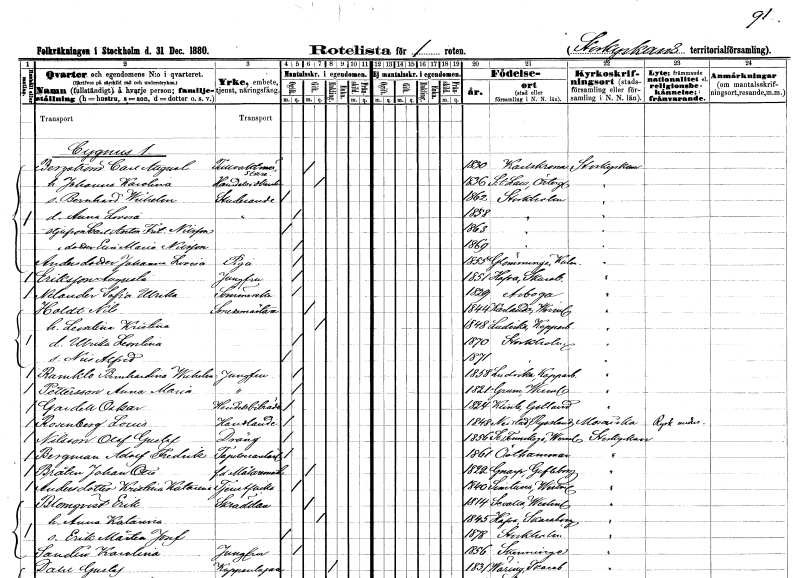
gt_parse: households: individuals: FN: Carl August
EN: Bergström
YRKE: Tullvaktmästare
KON: M
CIV: G
FODAR: 1830
FODFORS: Karlskrona Blekinge län
FN: Johanna Karolina
KON: K
CIV: G
FODAR: 1836
FODFORS: Sankt Lars Linköping Östergötlands län
FN: Bernhard Wilhelm
YRKE: Studerande
KON: M
CIV: O
FODAR: 1862
FODFORS: Stockholm
FN: Anna Lovisa
YRKE: Studerande
KON: K
CIV: O
FODAR: 1858
FODFORS: Stockholm
FN: Carl Anton Fritiof
EN: Nilsson
KON: M
CIV: O
FODAR: 1863
FODFORS: Stockholm
FN: Elin Maria
EN: Nilsson
KON: K
CIV: O
FODAR: 1869
FODFORS: Stockholm
FN: Johanna Lovisa
EN: Andersdotter
YRKE: Piga
KON: K
CIV: O
FODAR: 1855
FODFORS: Glömminge Kalmar län
FN: Augusta
EN: Eriksson
YRKE: Jungfru
KON: K
CIV: O
FODAR: 1851
FODFORS: Hova Skaraborgs län
FN: Sofia Ulrika
EN: Nelander
YRKE: Sömmerska
KON: K
CIV: O
FODAR: 1829
FODFORS: Arboga Västmanlands län
FN: Nils
EN: Holdt
YRKE: Smedmästare
KON: M
CIV: G
FODAR: 1844
FODFORS: Karlanda Värmlands län
FN: Leontina Kristina
KON: K
CIV: G
FODAR: 1848
FODFORS: Ludvika Kopparbergs län
FN: Ulrika Leontina
KON: K
CIV: O
FODAR: 1870
FODFORS: Stockholm
FN: Nils Alfred
KON: M
CIV: O
FODAR: 1871
FODFORS: Stockholm
FN: Bernhardina Wilhelmina
EN: Ramklo
YRKE: Jungfru
KON: K
CIV: O
FODAR: 1858
FODFORS: Ludvika Kopparbergs län
FN: Anna Maria
EN: Pettersson
YRKE: Jungfru
KON: K
CIV: O
FODAR: 1821
FODFORS: Grums Värmlands län
FN: Oskar
EN: Gardell
YRKE: Handelsbiträde
KON: M
CIV: O
FODAR: 1824
FODFORS: Klinte Gotlands län
FN: Louis
EN: Rosenberg
YRKE: Handlande
KON: M
CIV: O
FODAR: 1848
FN: Olof Gustaf
EN: Nilsson
YRKE: Dräng
KON: M
CIV: O
FODAR: 1856
FODFORS: Södra Finnskoga Värmlands län
FN: Adolf Fredrik
EN: Bergman
YRKE: Tapetserarelärling
KON: M
CIV: O
FODAR: 1861
FODFORS: Östhammar Uppsala län
FN: Johan Otto
EN: Bråten
YRKE: Målarmästare f.d.
KON: M
CIV: G
FODAR: 1822
FODFORS: Gnarp Gävleborgs län
FN: Kristina Katarina
EN: Andersdotter
YRKE: Tjänsteflicka
KON: K
CIV: O
FODAR: 1840
FODFORS: Simtuna Uppsala län
FN: Erik
EN: Blomqvist
YRKE: Skräddare
KON: M
CIV: G
FODAR: 1814
FODFORS: Sevalla Västmanlands län
FN: Anna Katarina
KON: K
CIV: G
FODAR: 1845
FODFORS: Hova Skaraborgs län